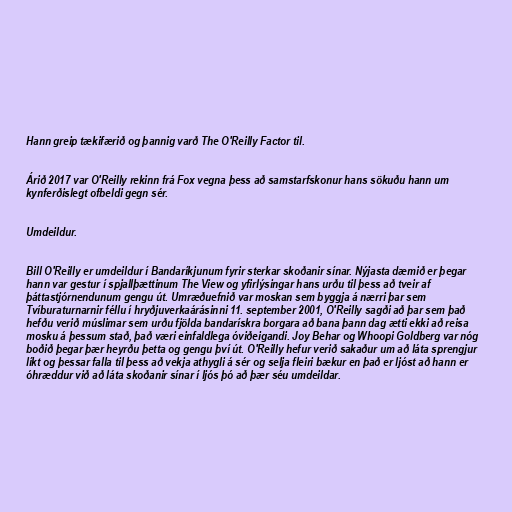
Hann greip tækifærið og þannig varð The O'Reilly Factor til.

Árið 2017 var O'Reilly rekinn frá Fox vegna þess að samstarfskonur hans sökuðu hann um
kynferðislegt ofbeldi gegn sér.

Umdeildur.

Bill O'Reilly er umdeildur í Bandaríkjunum fyrir sterkar skoðanir sínar. Nýjasta dæmið er þegar
hann var gestur í spjallþættinum The View og yfirlýsingar hans urðu til þess að tveir af
þáttastjórnendunum gengu út. Umræðuefnið var moskan sem byggja á nærri þar sem
Tvíburaturnarnir féllu í hryðjuverkaárásinni 11. september 2001, O'Reilly sagði að þar sem það
hefðu verið múslimar sem urðu fjölda bandarískra borgara að bana þann dag ætti ekki að reisa
mosku á þessum stað, það væri einfaldlega óviðeigandi. Joy Behar og Whoopi Goldberg var nóg
boðið þegar þær heyrðu þetta og gengu því út. O'Reilly hefur verið sakaður um að láta sprengjur
líkt og þessar falla til þess að vekja athygli á sér og selja fleiri bækur en það er ljóst að hann er
óhræddur við að láta skoðanir sínar í ljós þó að þær séu umdeildar.